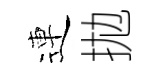
連拋